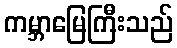
ကမ္ဘာမြေကြီးသည်